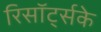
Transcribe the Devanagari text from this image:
रिसॉर्ट्सके